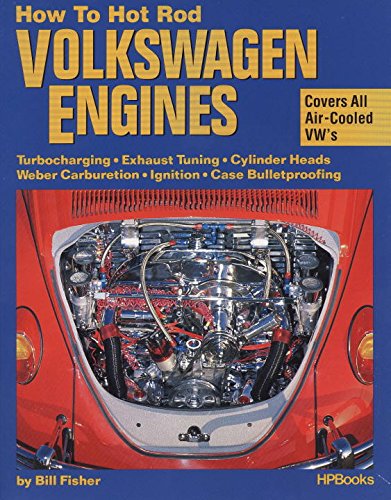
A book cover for How to Hot Rod Volkswagen Engines; Bill Fisher; Engineering & Transportation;